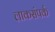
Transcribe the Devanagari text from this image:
लाकसंपर्क